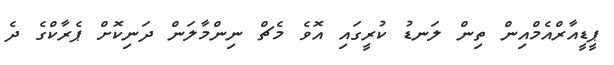
ޕީީޑީއާރްއެމްއިން ތިން ލަނޑު ކުރީގައި އޮވެ މެޗް ނިންމާލަން ދަނިކޮށް ޕެރާކްގެ ދެ